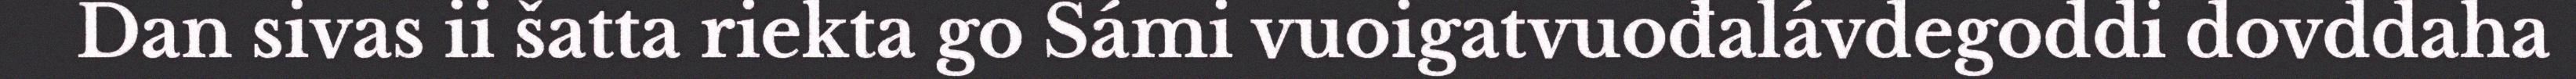
Dan sivas ii šatta riekta go Sámi vuoigatvuođalávdegoddi dovddaha